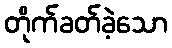
တိုက်ခတ်ခဲ့သော